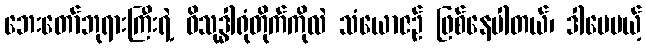
ဘေးတော်ဘုရားကြီးရဲ့ ဝိသုဒ္ဓါရုံတိုက်ကိုလဲ သံယောဇဉ် ဖြစ်နေပါတယ်၊ ဒါပေမယ့်